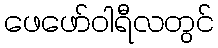
ဖေဖော်ဝါရီလတွင်